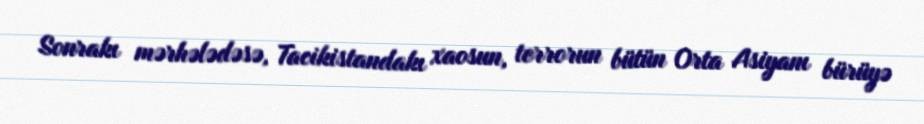
Sonrakı mərhələdəsə, Tacikistandakı xaosun, terrorun bütün Orta Asiyanı bürüyə